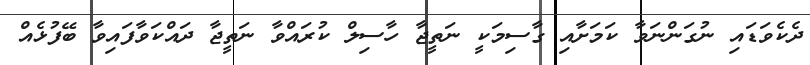
ދެކެވަޑައި ނުގަންނަވާ ކަމަށާއި ގާސިމަކީ ނަތީޖާ ހާސިލް ކުރައްވާ ނަތީޖާ ދައްކަވާފައިވާ ބޭފުޅެއް